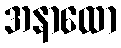
အနာထော